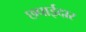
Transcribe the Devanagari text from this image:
छपाईदार